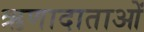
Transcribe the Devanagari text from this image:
ऋणादाताओं